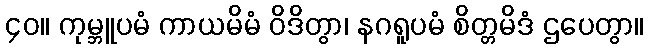
၄၀။ ကုမ္ဘူပမံ ကာယမိမံ ဝိဒိတွာ၊ နဂရူပမံ စိတ္တမိဒံ ဌပေတွာ။